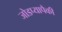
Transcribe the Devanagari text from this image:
जोडप्यापैकी